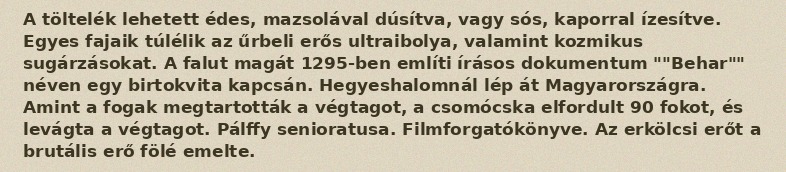
A töltelék lehetett édes, mazsolával dúsítva, vagy sós, kaporral ízesítve. Egyes fajaik túlélik az űrbeli erős ultraibolya, valamint kozmikus sugárzásokat. A falut magát 1295-ben említi írásos dokumentum ""Behar"" néven egy birtokvita kapcsán. Hegyeshalomnál lép át Magyarországra. Amint a fogak megtartották a végtagot, a csomócska elfordult 90 fokot, és levágta a végtagot. Pálffy senioratusa. Filmforgatókönyve. Az erkölcsi erőt a brutális erő fölé emelte.